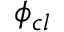
\phi _ { c l }